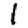
Digit: 1